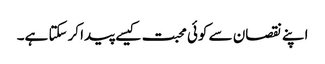
اپنے نقصان سے کوئی محبت کیسے پیدا کرسکتا ہے۔